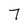
Character: 7